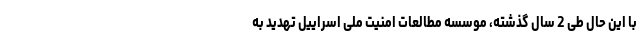
با این حال طی 2 سال گذشته، موسسه مطالعات امنیت ملی اسراییل تهدید به